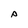
Character: P